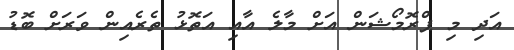
އަދި މި ޕްރޮމޯޝަން އަށް މާލެ އާއި އަތޮޅު ތެރެއިން ވަރަށް ބޮޑު